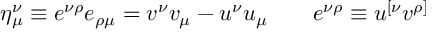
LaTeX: \eta _ { \mu } ^ { \nu } \equiv e ^ { \nu \rho } e _ { \rho \mu } = v ^ { \nu } v _ { \mu } - u ^ { \nu } u _ { \mu } \qquad e ^ { \nu \rho } \equiv u ^ { [ \nu } v ^ { \rho ] }